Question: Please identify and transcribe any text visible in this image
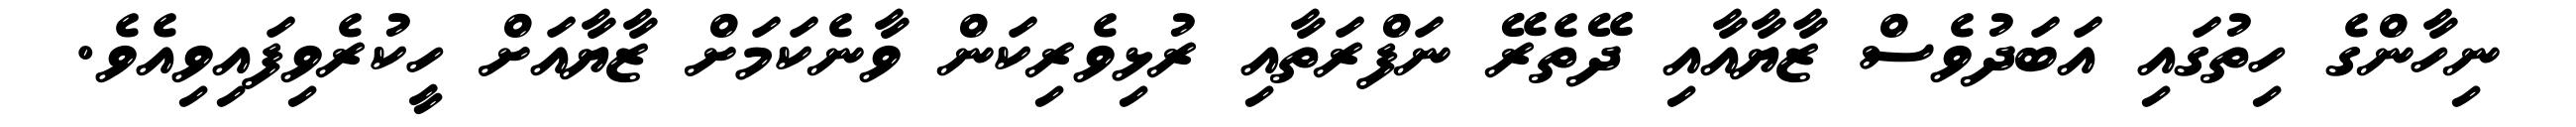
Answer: ނިހާންގެ ހިތުގައި އަބަދުވެސް ޒާޔާއާއި ދޭތެރޭ ނަފްރަތާއި ރުޅިވެރިކަން ވާނެކަމަށް ޒާޔާއަށް ހީކުރެވިފައިވިއެވެ.